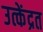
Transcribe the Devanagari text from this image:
उत्केंद्रत